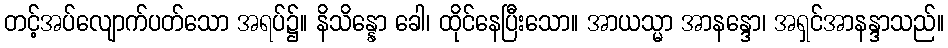
တင့်အပ်လျောက်ပတ်သော အရပ်၌။ နိသိန္နော ခေါ၊ ထိုင်နေပြီးသော။ အာယသ္မာ အာနန္ဒော၊ အရှင်အာနန္ဒာသည်။